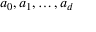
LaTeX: a _ { 0 } , a _ { 1 } , \dots , a _ { d }